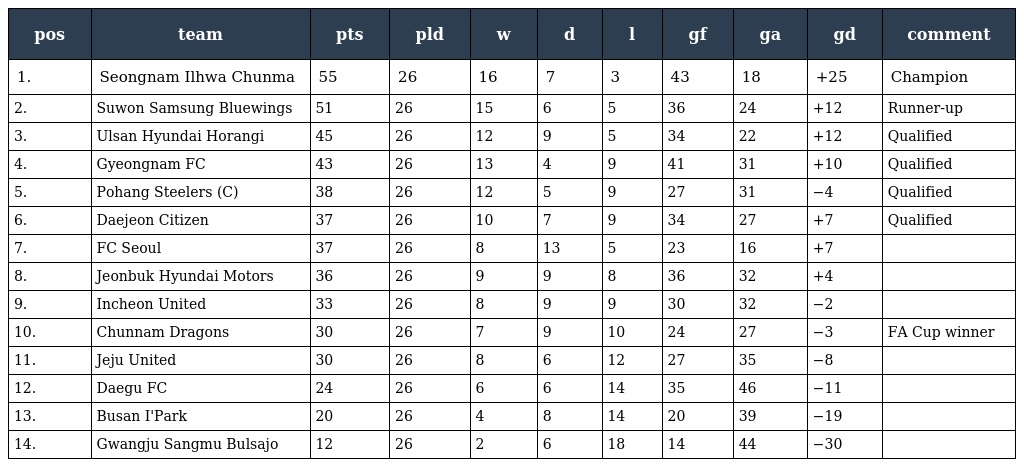
| pos | team | pts | pld | w | d | l | gf | ga | gd | comment |
 | --- | --- | --- | --- | --- | --- | --- | --- | --- | --- | --- |
 | 1. | Seongnam Ilhwa Chunma | 55 | 26 | 16 | 7 | 3 | 43 | 18 | +25 | Champion |
 | 2. | Suwon Samsung Bluewings | 51 | 26 | 15 | 6 | 5 | 36 | 24 | +12 | Runner-up |
 | 3. | Ulsan Hyundai Horangi | 45 | 26 | 12 | 9 | 5 | 34 | 22 | +12 | Qualified |
 | 4. | Gyeongnam FC | 43 | 26 | 13 | 4 | 9 | 41 | 31 | +10 | Qualified |
 | 5. | Pohang Steelers (C) | 38 | 26 | 12 | 5 | 9 | 27 | 31 | −4 | Qualified |
 | 6. | Daejeon Citizen | 37 | 26 | 10 | 7 | 9 | 34 | 27 | +7 | Qualified |
 | 7. | FC Seoul | 37 | 26 | 8 | 13 | 5 | 23 | 16 | +7 |  |
 | 8. | Jeonbuk Hyundai Motors | 36 | 26 | 9 | 9 | 8 | 36 | 32 | +4 |  |
 | 9. | Incheon United | 33 | 26 | 8 | 9 | 9 | 30 | 32 | −2 |  |
 | 10. | Chunnam Dragons | 30 | 26 | 7 | 9 | 10 | 24 | 27 | −3 | FA Cup winner |
 | 11. | Jeju United | 30 | 26 | 8 | 6 | 12 | 27 | 35 | −8 |  |
 | 12. | Daegu FC | 24 | 26 | 6 | 6 | 14 | 35 | 46 | −11 |  |
 | 13. | Busan I'Park | 20 | 26 | 4 | 8 | 14 | 20 | 39 | −19 |  |
 | 14. | Gwangju Sangmu Bulsajo | 12 | 26 | 2 | 6 | 18 | 14 | 44 | −30 |  |